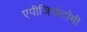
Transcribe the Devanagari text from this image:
एपीजियोटॉमी